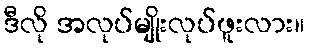
ဒီလို အလုပ်မျိုးလုပ်ဖူးလား။